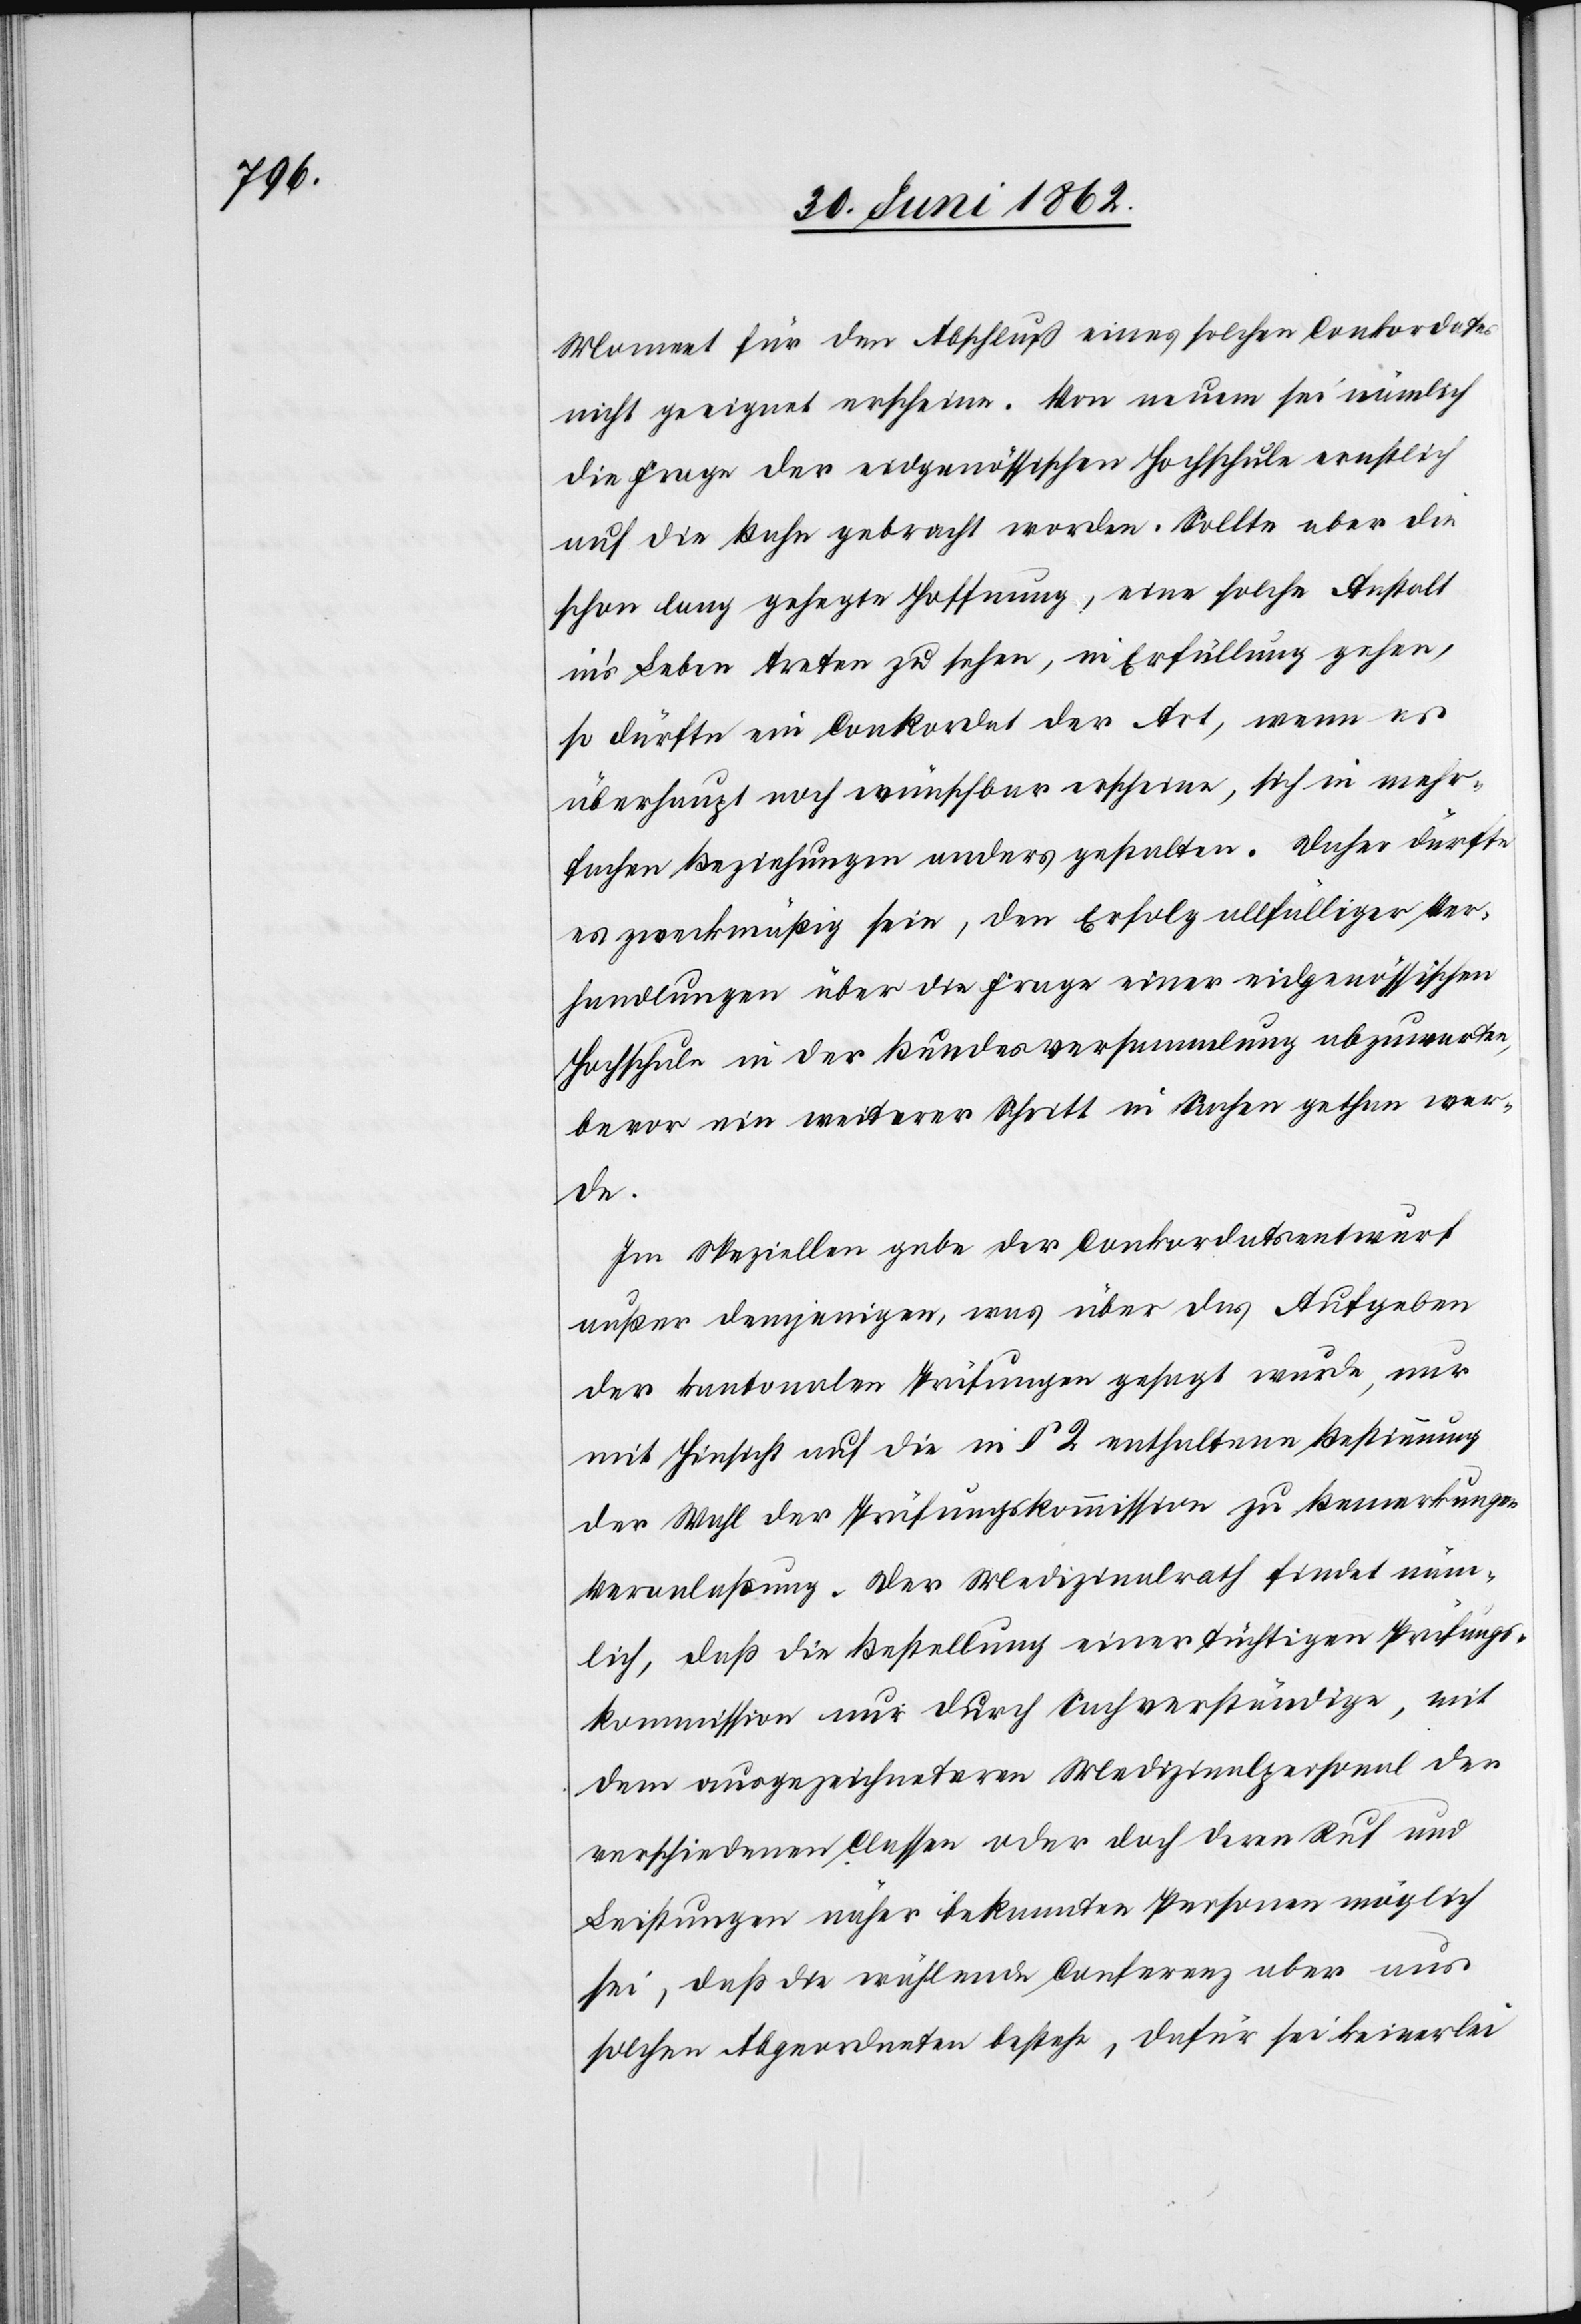
Moment für den Abschluß eines solchen Conkordates
nicht geeignet erscheine. Von neuem sei nämlich
die Frage der eidgenössischen Hochschule ernstlich
auf die Bahn gebracht worden. Sollte aber die
schon lang gehegte Hoffnung, eine solche Anstalt
in’s Leben treten zu sehen, in Erfüllung gehen,
so dürfte ein Conkordat der Art, wenn es
überhaupt noch wünschbar erscheine, sich in mehr¬
fachen Beziehungen anders gestalten. Daher dürfte
es zweckmäßig sein, den Erfolg allfälliger Ver¬
handlungen über die Frage einer eidgenössischen
Hochschule in der Bundesversammlung abzuwarten,
bevor ein weiterer Schritt in Sachen gethan wer¬
de.
Im Speziellen gebe der Conkordatsentwurf
außer demjenigen, was über das Aufgeben
der kantonalen Prüfungen gesagt wurde, nur
mit Hinsicht auf die in § 2 enthaltene Bestimmung
der Wahl der Prüfungskommission zu Bemerkungen
Veranlaßung. Der Medizinalrath findet näm¬
lich, daß die Bestellung einer tüchtigen Prüfungs¬
kommission nur durch Sachverständige, mit
dem ausgezeichneteren Medizinalpersonal der
verschiedenen Classen oder doch deren Ruf und
Leistungen näher bekannten Personen möglich
sei, daß die wählende Conferenz aber aus
solchen Abgeordneten bestehe, dafür sei keinerlei